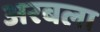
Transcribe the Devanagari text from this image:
अरबला